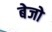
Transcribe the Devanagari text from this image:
बेजो